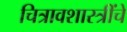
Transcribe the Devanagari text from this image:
चित्रावशास्त्रींचे